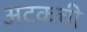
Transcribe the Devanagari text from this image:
अटकची